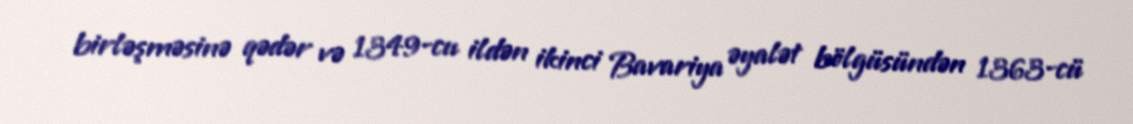
birləşməsinə qədər və 1349-cu ildən ikinci Bavariya əyalət bölgüsündən 1363-cü